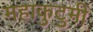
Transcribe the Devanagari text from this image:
महाकुटुमी